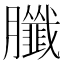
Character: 䑎